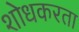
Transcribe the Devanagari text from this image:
शोधकरता